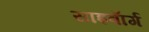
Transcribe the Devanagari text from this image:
साइबाॅर्ग